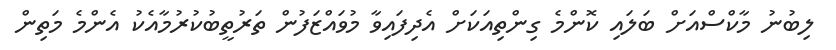
ލިބުނު މާކްސްއަށް ބަލައި ކޮންމެ ގިންތިއަކަށް އެދިފައިވާ މުވައްޒަފުން ތަރުތީބުކުރުމާއެކު އެންމެ މަތިން